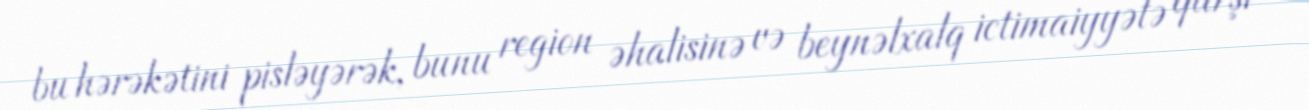
bu hərəkətini pisləyərək, bunu region əhalisinə və beynəlxalq ictimaiyyətə qarşı